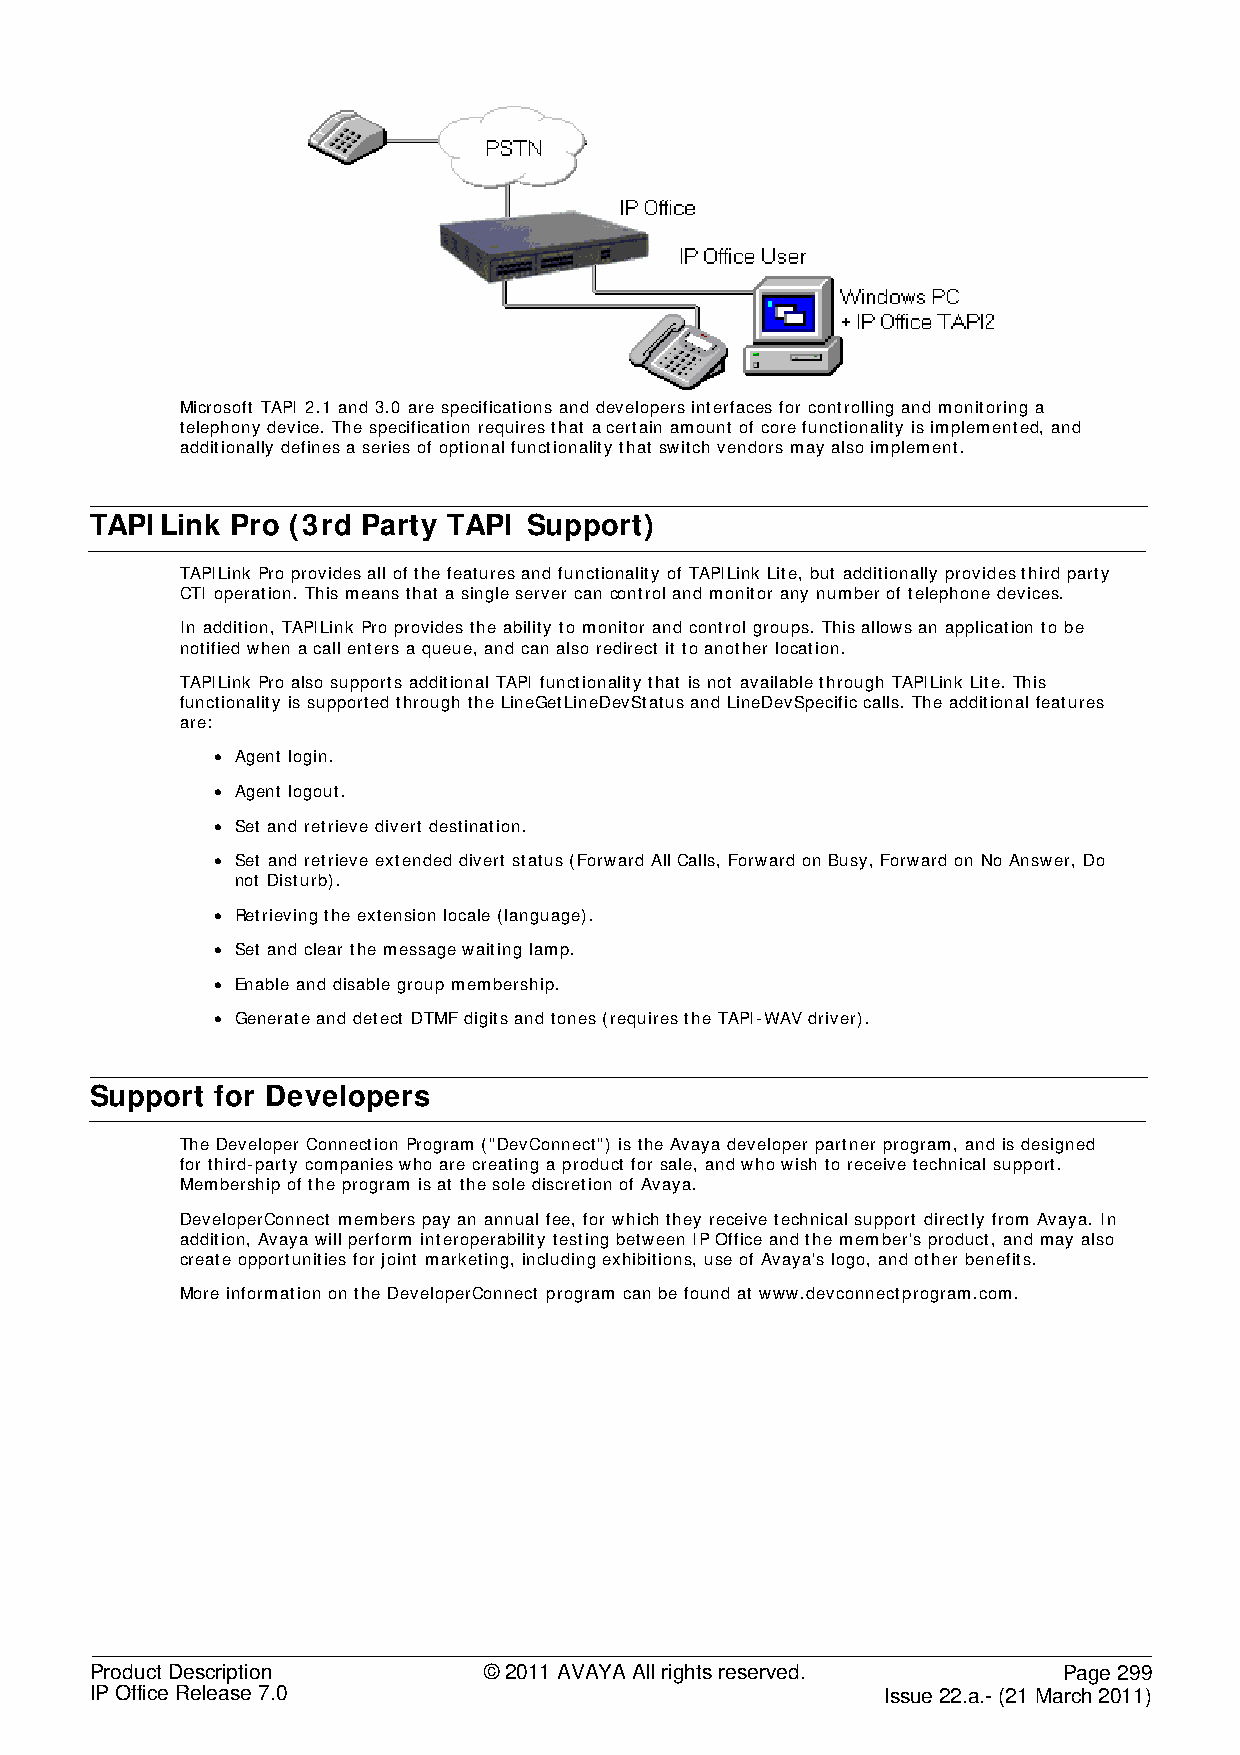
Microsoft TAPI 2.1 and 3.0 are specifications and developers interfaces for controlling and monitoring a
 telephony device. The specification requires that a certain amount of core functionality is implemented, and
 additionally defines a series of optional functionality that switch vendors may also implement.
 TAPILink Pro (3rd Party TAPI Support)
 TAPILink Pro provides all of the features and functionality of TAPILink Lite, but additionally provides third party
 CTI operation. This means that a single server can control and monitor any number of telephone devices.
 In addition, TAPILink Pro provides the ability to monitor and control groups. This allows an application to be
 notified when a call enters a queue, and can also redirect it to another location.
 TAPILink Pro also supports additional TAPI functionality that is not available through TAPILink Lite. This
 functionality is supported through the LineGetLineDevStatus and LineDevSpecific calls. The additional features
 are:
 • Agent login.
 • Agent logout.
 • Set and retrieve divert destination.
 • Set and retrieve extended divert status (Forward All Calls, Forward on Busy, Forward on No Answer, Do
 not Disturb).
 • Retrieving the extension locale (language).
 • Set and clear the message waiting lamp.
 • Enable and disable group membership.
 • Generate and detect DTMF digits and tones (requires the TAPI-WAV driver).
 Support for Developers
 The Developer Connection Program ("DevConnect") is the Avaya developer partner program, and is designed
 for third-party companies who are creating a product for sale, and who wish to receive technical support.
 Membership of the program is at the sole discretion of Avaya.
 DeveloperConnect members pay an annual fee, for which they receive technical support directly from Avaya. In
 addition, Avaya will perform interoperability testing between IP Office and the member's product, and may also
 create opportunities for joint marketing, including exhibitions, use of Avaya's logo, and other benefits.
 More information on the DeveloperConnect program can be found at www.devconnectprogram.com.
 Product Description       © 2011 AVAYA All rights reserved.     Page 299
 IP Office Release 7.0                                Issue 22.a.- (21 March 2011)